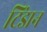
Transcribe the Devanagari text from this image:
टिंडान